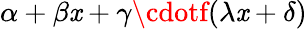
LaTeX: \alpha+\beta\mathit{x}+\gamma\cdotf(\lambda\mathit{x}+\delta)